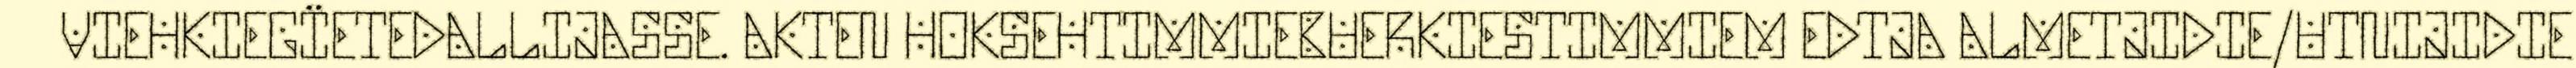
VIEHKIEGÏETEDALLIJASSE. AKTEN HOKSEHTIMMIEBUERKIESTIMMIEM EDTJA ALMETJIDIE/UTNIJIDIE